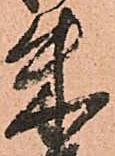
朱